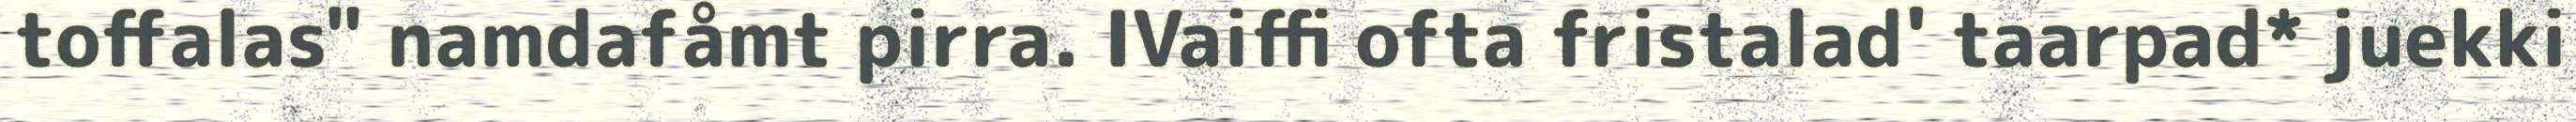
toffalas" namdafåmt pirra. IVaiffi ofta fristalad' taarpad* juekki